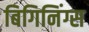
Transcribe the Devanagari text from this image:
बिगिनिंग्स